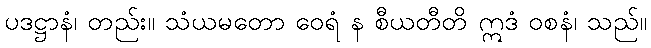
ပဒဋ္ဌာနံ၊ တည်း။ သံယမတော ဝေရံ န စီယတီတိ ဣဒံ ဝစနံ၊ သည်။